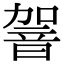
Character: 䪪